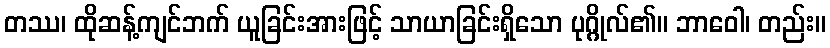
တဿ၊ ထိုဆန့်ကျင်ဘက် ယူခြင်းအားဖြင့် သာယာခြင်းရှိသော ပုဂ္ဂိုလ်၏။ ဘာဝေါ၊ တည်း။